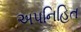
અપનિહિત